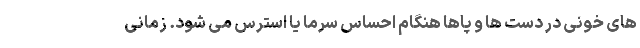
های خونی در دست ها و پاها هنگام احساس سرما یا استرس می شود. زمانی